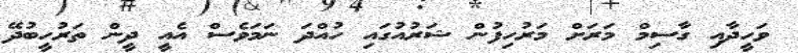
ވަހީދާއި ގާސިމް މަރަށް މަރުހިފުން ޝަރުއުގައި ހުއްދަ ނަމަވެސް އެއީ ދީން ތަރުހީބުދޭ